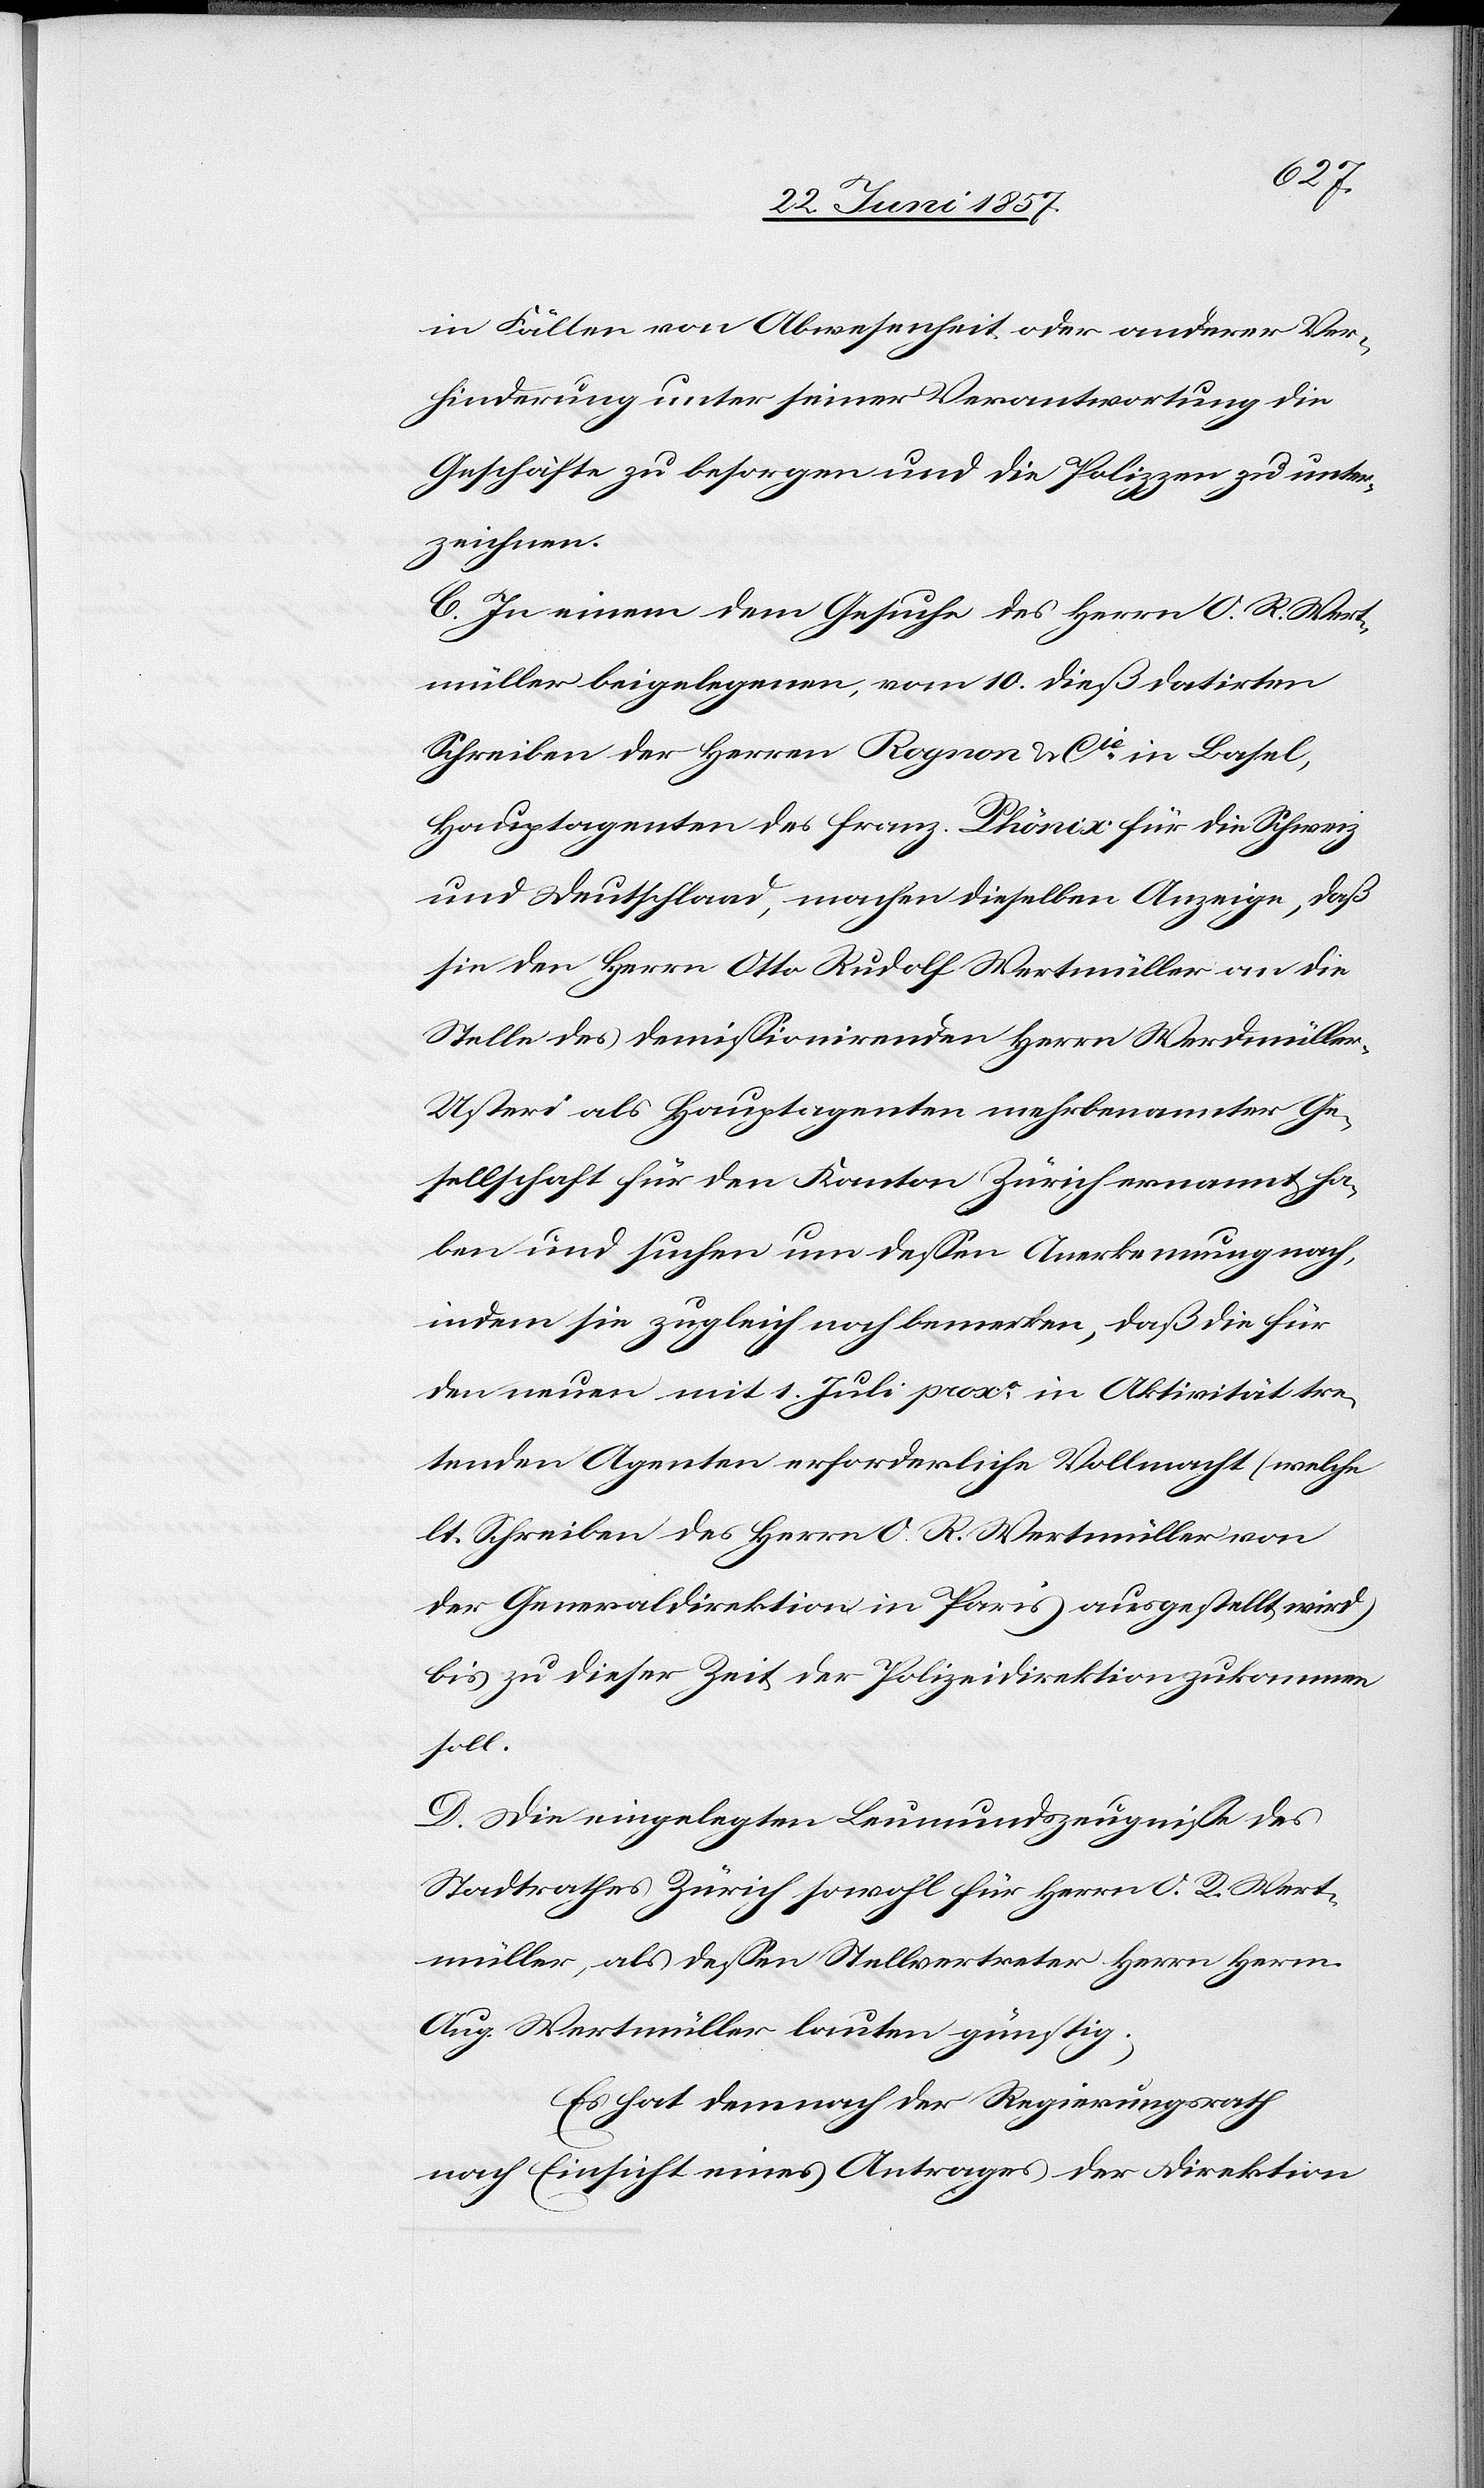
in Fällen von Abwesenheit oder anderer Ver¬
hinderung unter seiner Verantwortung die
Geschäfte zu besorgen und die Polizzen zu unter¬
zeichnen.
C. In einem dem Gesuche des Herrn O. R. Wert¬
müller beigelegenen, vom 10 dieß datirten
Schreiben der Herren Rognon & Cie in Basel,
Hauptagenten des franz. Phönix für die Schweiz
und Deutschland, machen dieselben Anzeige, daß
sie den Herrn Otto Rudolf Wertmüller an die
Stelle des demissionirenden Herrn Werdmülle¬
r-Usteri als Hauptagenten mehrbenannter Ge¬
sellschaft für den Kanton Zürich ernannt ha¬
ben und suchen um dessen Anerkennung nach,
indem sie zugleich noch bemerken, daß die für
den neuen mit 1 Juli proxo, in Aktivität tre¬
tenden Agenten erforderliche Vollmacht (welche
lt. Schreiben des Herrn O. R. Wertmüller von
der Generaldirektion in Paris ausgestellt wird)
bis zu dieser Zeit der Polizeidirektion zukommen
soll.
D. Die eingelegten Leumundszeugnisse des
Stadtrathes Zürich sowohl für Herrn O. R. Wert¬
müller, als dessen Stellvertreter Herrn Herm.
Aug. Wertmüller lauten günstig.
Es hat demnach der Regierungsrath,
nach Einsicht eines Antrages der Direktion